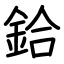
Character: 鉿